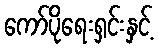
ကော်ပိုရေးရှင်းနှင့်